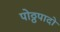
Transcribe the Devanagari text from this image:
पोठ्ठपादो